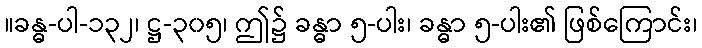
။ခန္ဓ-ပါ-၁၃၂၊ ဋ္ဌ-၃၀၅၊ ဤ၌ ခန္ဓာ ၅-ပါး၊ ခန္ဓာ ၅-ပါး၏ ဖြစ်ကြောင်း၊